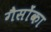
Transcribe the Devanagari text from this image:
गैसोंका